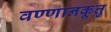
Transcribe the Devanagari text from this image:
वण्णानकूत्तु